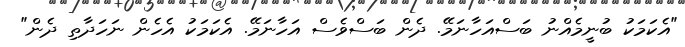
"އެކަމަކު ބުނީމެއްނު ބަސްއަހާނަމޭ. ދެން ބަސްވެސް އަހާނަމޭ. އެކަމަކު އެހެން ނަހަދާތި ދެން"